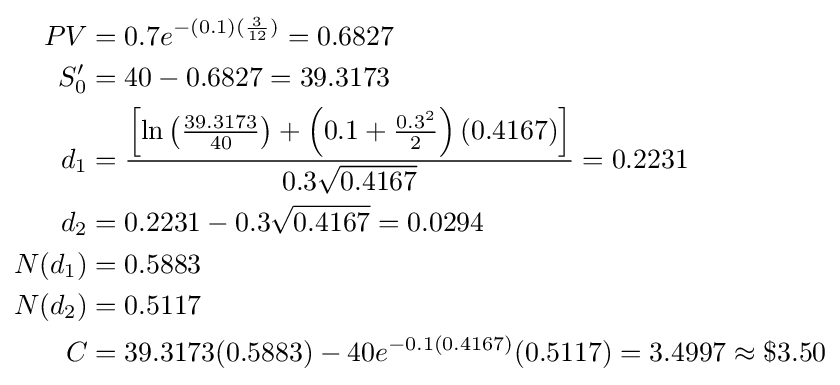
{\begin{aligned}PV&=0.7e^{-(0.1)({\frac {3}{12}})}=0.6827\\S_{0}'&=40-0.6827=39.3173\\d_{1}&={\frac {\left[\ln \left({\frac {39.3173}{40}}\right)+\left(0.1+{\frac {0.3^{2}}{2}}\right)(0.4167)\right]}{0.3{\sqrt {0.4167}}}}=0.2231\\d_{2}&=0.2231-0.3{\sqrt {0.4167}}=0.0294\\N(d_{1})&=0.5883\\N(d_{2})&=0.5117\\C&=39.3173(0.5883)-40e^{-0.1(0.4167)}(0.5117)=3.4997\approx \$3.50\end{aligned}}